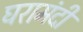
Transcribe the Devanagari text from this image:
घरामंदी